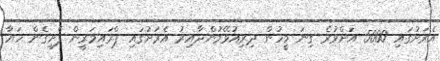
އެރަށުގައި 5000 އަށްވުރެ ގިނަ މީހުން ދިރިއުޅޭމުންދާއިރު އެރަށުގައި ޕްރައިމަރީން ފެށިގެން ހަޔާ